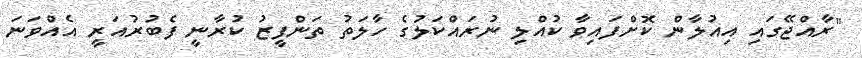
"ރާއްޖޭގައި އިއުލާން ކޮށްފައިވާ ކުއްލި ނުރައްކަލުގެ ހާލަތު ތަންފީޒު ކުރާނީ ފެބުރުއަރީ އެއްވަނަ